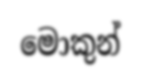
මොකුන්